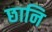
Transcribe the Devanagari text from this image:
छानि